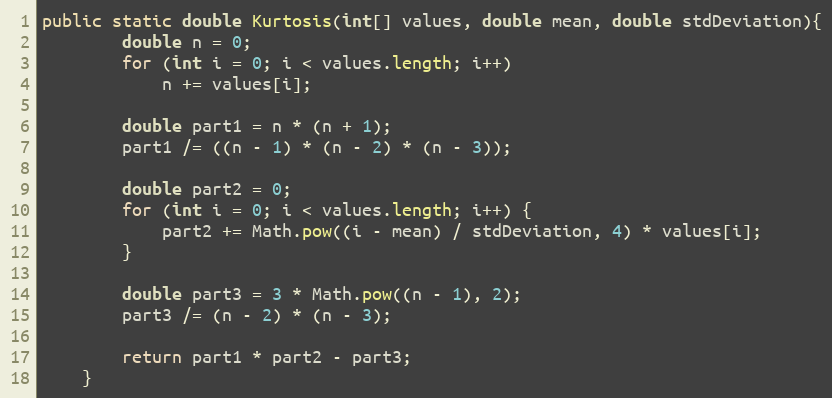
Language: Java
public static double Kurtosis(int[] values, double mean, double stdDeviation){
        double n = 0;
        for (int i = 0; i < values.length; i++)
            n += values[i];

        double part1 = n * (n + 1);
        part1 /= ((n - 1) * (n - 2) * (n - 3));

        double part2 = 0;
        for (int i = 0; i < values.length; i++) {
            part2 += Math.pow((i - mean) / stdDeviation, 4) * values[i];
        }

        double part3 = 3 * Math.pow((n - 1), 2);
        part3 /= (n - 2) * (n - 3);

        return part1 * part2 - part3;
    }